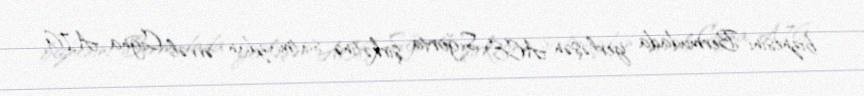
biznesini Bermudada yerləşən ACE Sığorta şirkətinə satmazdan əvvəl Cigna AIG,